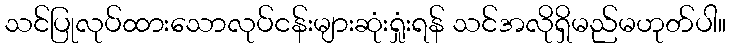
သင်ပြုလုပ်ထားသောလုပ်ငန်းများဆုံးရှုံးရန် သင်အလိုရှိမည်မဟုတ်ပါ။